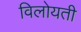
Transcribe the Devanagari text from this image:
विलोयती